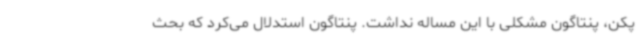
پکن، پنتاگون مشکلی با این مساله نداشت. پنتاگون استدلال می‌کرد که بحث